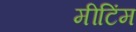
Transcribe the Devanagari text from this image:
मीटिंम